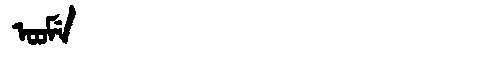
Manchu: ᠣᠣᠮᡝ
Romanization: OOME